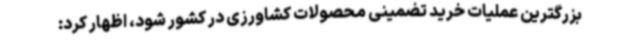
بزرگترین عملیات خرید تضمینی محصولات کشاورزی در کشور شود، اظهار کرد: